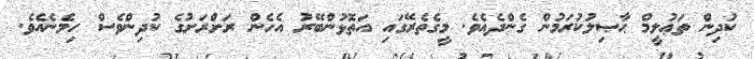
ކުދިން ތަޢުލީމް ޙާޞިލުކުރަމުން ގެންދެއެވެ. މީގެތެރޭގައި އަތޮޅުންބޭރު އެހެން ރަށްރަށުގެ ކުދިންވެސް ހިމެނެއެވެ.